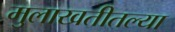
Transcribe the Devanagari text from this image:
मुलाखतीतल्या